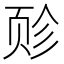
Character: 𫖬